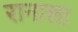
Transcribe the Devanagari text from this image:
रानाला